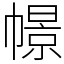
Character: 幜